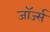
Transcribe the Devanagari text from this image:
जाॅर्ज्स